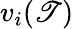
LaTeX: v_{i}(\mathscr{T})